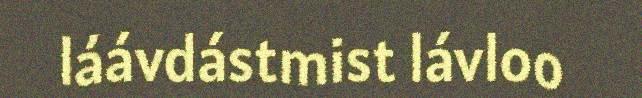
láávdástmist lávloo